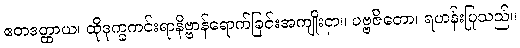
ဧတဒတ္ထာယ၊ ထိုဒုက္ခကင်းရာနိဗ္ဗာန်ရောက်ခြင်းအကျိုးငှာ။ ပဗ္ဗဇိတော၊ ရဟန်းပြုသည်။